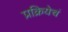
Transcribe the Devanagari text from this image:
प्रक्रियेचं